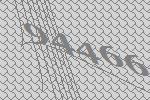
94466